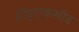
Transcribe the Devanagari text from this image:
हीड्राकसीड